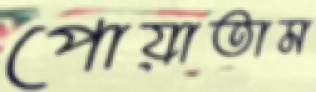
পোয়াতাম